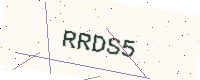
Text: RRDS5